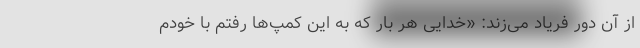
از آن دور فریاد می‌زند: «خدایی هر بار که به این کمپ‌ها رفتم با خودم